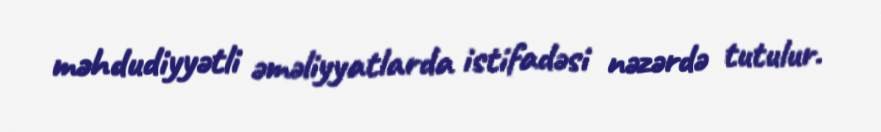
məhdudiyyətli əməliyyatlarda istifadəsi nəzərdə tutulur.